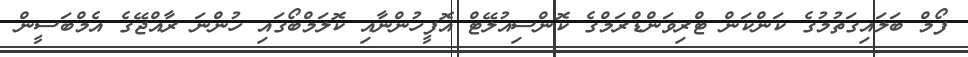
ފޯމް ބަލައިގަތުމުގެ ކަންކަން ޓްރިވަންޑްރަމްގެ ކޮންސިއުލޭޓް އޮފީހުންނާއި ކޮލަމްބޯގައި ހުންނަ ރާއްޖޭގެ އެމްބަސީން